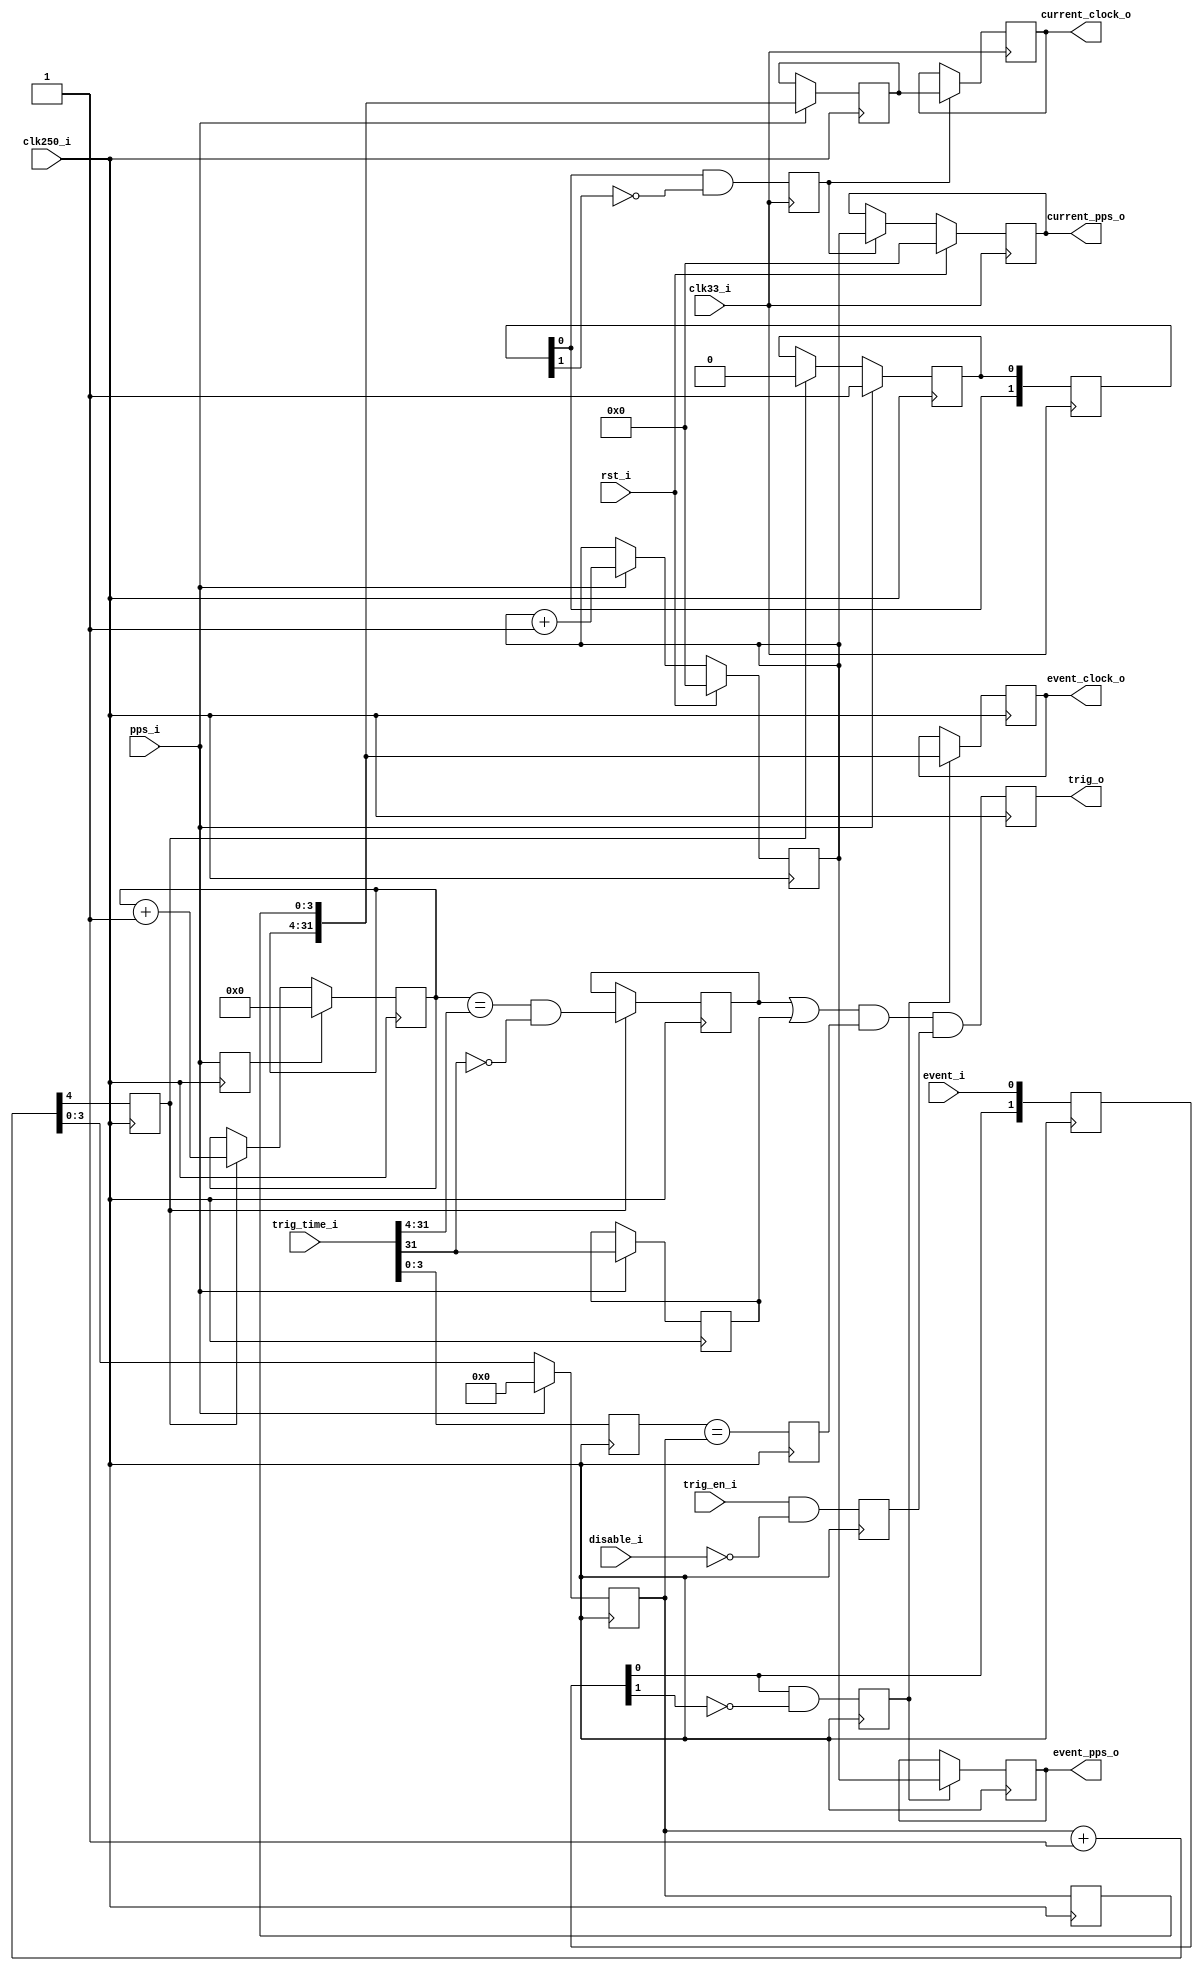
`timescale 1ns / 1ps
////////////////////////////////////////////////////////////////////////////////
// This file is a part of the Antarctic Impulsive Transient Antenna (ANITA)
// project, a collaborative scientific effort between multiple institutions. For
// more information, contact Peter Gorham (gorham@phys.hawaii.edu).
//
// All rights reserved.
//
// Author:
// Author:
////////////////////////////////////////////////////////////////////////////////
module ANITA3_timebase(
		input clk250_i,
		input clk33_i,
		input rst_i,
		input pps_i,
		input [31:0] trig_time_i,
		input trig_en_i,
		input disable_i,
		output trig_o,
		
		input event_i,
		output [15:0] current_pps_o,
		output [31:0] current_clock_o,
		output [15:0] event_pps_o,
		output [31:0] event_clock_o
    );

	// The clock time setting here is sleazed, heavily.
	// The units are 4 ns intervals. This is 28 bits.
	// The top 24 bits you set are really the top 24
	// bits of the time that you want *minus 1*, or in
	// other words you set the time you want, minus 16
	// clocks.
	//
	// Bit 31 is special: this gets set if you want
	// 0 for the top 24 bits (e.g. between 0-15 clocks).
	//
	// So to set 10,005 clocks after PPS (40,020 ns),
	// you would set 0x2705 (=9989).
	//
	// Of course note that all clocks near the PPS are
	// uncertain and may not ever occur.

	// Add this to UCF:
	// TIMESPEC "TS_COUNTER_PATH" = FROM FFS("this_module/counter_2*") TO FFS("this_module/counter_2*") TS_CLK*16;
	// TIMESPEC "TS_PPS_PATH" = FROM FFS("this_module/pps_count*") TO FFS("this_module/pps_count*") TIG;
	reg [15:0] pps_count = {16{1'b0}};
	
   reg [3:0]                             counter_1 = {4{1'b0}};
   wire [4:0]                            counter_1_plus_one = counter_1 + 1;
   reg [3:0]                             counter_1_store = {4{1'b0}};
   reg                                   counter_1_flag = 0;
   reg [27:0]                            counter_2 = {28{1'b0}};
   reg                                   pps_store = 0;
	reg 											  pps_stretch = 0;
	reg digitize_flag = 0;
	reg [1:0] digitize_reg = {2{1'b0}};
	reg [1:0] pps_sync = {2{1'b0}};
	reg pps_flag = 0;

	reg [15:0] event_pps = {16{1'b0}};
	reg [31:0] event_clock = {32{1'b0}};
	reg [31:0] current_clock = {32{1'b0}};
	reg [31:0] current_clock_CLK33 = {32{1'b0}};
	reg [15:0] current_pps_CLK33 = {16{1'b0}};

	wire trig_match_counter_2 = (counter_2 == trig_time_i[31:4]);
	reg trig_match_1 = 0;
	reg trig_match_2 = 0;
	reg trig_match_3 = 0;
	reg [3:0] trig_counter_1 = 0;
	reg trig = 0;
   reg trig_en = 0;
	
	always @(posedge clk33_i) begin
		pps_sync <= {pps_sync[0],pps_stretch};
		pps_flag <= (pps_sync[0] && !pps_sync[1]);	
		if (rst_i) 	current_pps_CLK33 <= {16{1'b0}};
		else if (pps_flag) current_pps_CLK33 <= pps_count;
		
		if (pps_flag) current_clock_CLK33 <= current_clock;
	end
	
   always @(posedge clk250_i) begin
		trig_en <= trig_en_i && !disable_i;
		
		if (counter_1_flag) trig_match_1 <= trig_match_counter_2 && !trig_time_i[31];
		if (pps_i) trig_match_2 <= trig_time_i[31];
		trig_counter_1 <= trig_time_i[3:0];

		trig_match_3 <= (trig_counter_1 == counter_1);
		
		trig <= (trig_match_1 || trig_match_2) && trig_match_3 && trig_en;

		digitize_reg <= {digitize_reg[0],event_i};
		digitize_flag <= (digitize_reg[0] && !digitize_reg[1]);
	
		if (digitize_flag) event_clock <= {counter_2, counter_1_store};
		if (digitize_flag) event_pps <= pps_count;
	
		if (pps_i) pps_stretch <= 1;
		else if (counter_1_flag) pps_stretch <= 0;

		if (pps_i) current_clock <= {counter_2, counter_1_store};

		if (rst_i) pps_count <= {16{1'b0}};
		else if (pps_i) pps_count <= pps_count + 1;
		
      pps_store <= pps_i;

      if (pps_i) counter_1 <= {4{1'b0}};
      else counter_1 <= counter_1_plus_one;

      counter_1_store <= counter_1;
      counter_1_flag <= counter_1_plus_one[4];

      if (pps_store) counter_2 <= {28{1'b0}};
      else if (counter_1_flag) counter_2 <= counter_2 + 1;
   end
	
	assign current_pps_o = current_pps_CLK33;
	assign current_clock_o = current_clock_CLK33;
	assign event_pps_o = event_pps;
	assign event_clock_o = event_clock;
	assign trig_o = trig;
endmodule